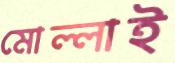
মোল্লাই